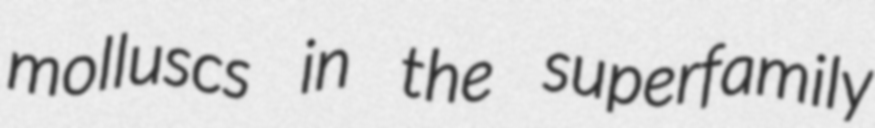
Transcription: molluscs in the superfamily